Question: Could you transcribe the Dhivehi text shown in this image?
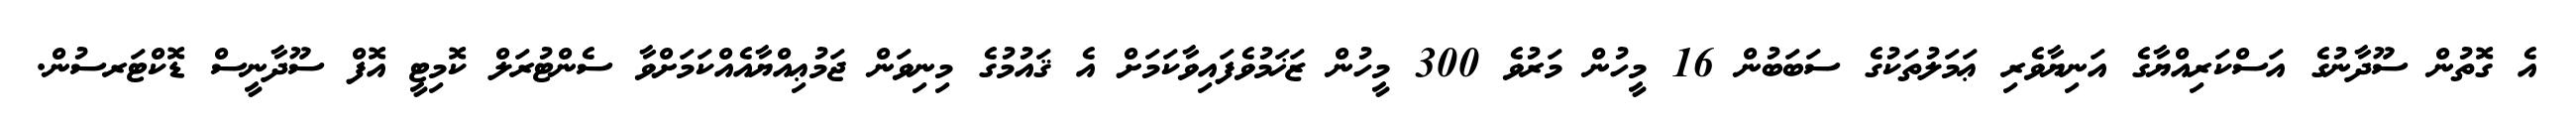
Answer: އެ ގޮތުން ސޫދާނުގެ އަސްކަރިއްޔާގެ އަނިޔާވެރި ޢަމަލުތަކުގެ ސަބަބުން 16 މީހުން މަރުވެ 300 މީހުން ޒަޚަމުވެފައިވާކަމަށް އެ ޤައުމުގެ މިނިވަން ޖަމުޢިއްޔާއެއްކަމަށްވާ ސެންޓުރަލް ކޮމިޓީ އޮފް ސޫދާނީސް ޑޮކްޓަރސުން.